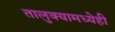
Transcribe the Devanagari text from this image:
तालुक्यामध्येही